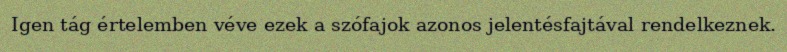
Igen tág értelemben véve ezek a szófajok azonos jelentésfajtával rendelkeznek.